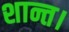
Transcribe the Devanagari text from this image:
शान्त।